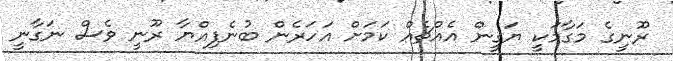
ރޫނީގެ މަގާމަކީ ޔަގީން އެއްޗެއް ކަމަށް އަހަރެން ބުނެފިއްޔާ ރޫނީ ވެސް ނަގާނީ